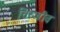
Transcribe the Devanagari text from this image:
चिरजीव